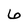
Character: 6